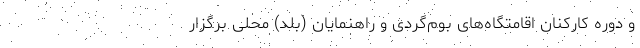
و دوره کارکنان اقامتگاه‌های بوم‌گردی و راهنمایان (بلد) محلی برگزار